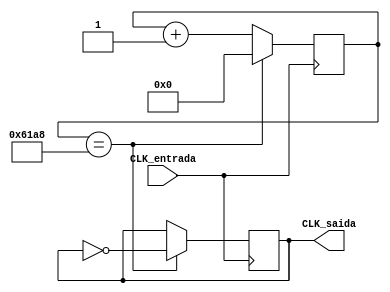
module clock_divisor(input CLK_entrada,output reg CLK_saida);

reg[24:0]contador=25'h0;

always@(posedge CLK_entrada)
begin 
if(contador==25'd25000)
begin
contador <=25'h0;
CLK_saida =~CLK_saida;
end
else
contador<=contador+1;
end
endmodule